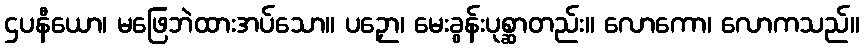
ဌပနီယော၊ မဖြေဘဲထားအပ်သော။ ပဉှော၊ မေးခွန်းပုစ္ဆာတည်း။ လောကော၊ လောကသည်။